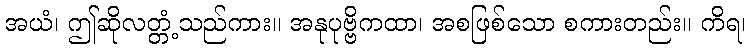
အယံ၊ ဤဆိုလတ္တံ့သည်ကား။ အနုပုဗ္ဗိကထာ၊ အစဖြစ်သော စကားတည်း။ ကိရ၊